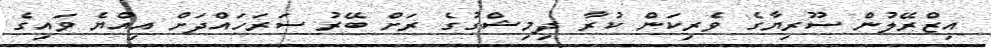
އިޒްރޭލުން ސޫރިޔާގެ ވެރިކަން ކުރާ ދިމިޝްގުގެ ރަށް ބޭރު ސަރަހައްދަށް އިއްޔެ ވައިގެ